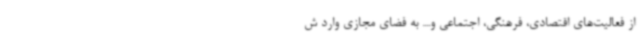
از فعالیت‌های اقتصادی، فرهنگی، اجتماعی و.... به فضای مجازی وارد ش